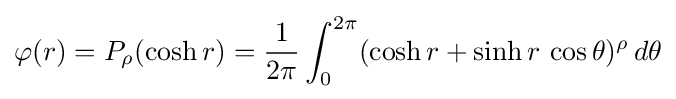
\varphi (r)=P_{\rho }(\cosh r)={1 \over 2\pi }\int _{0}^{2\pi }(\cosh r+\sinh r\,\cos \theta )^{\rho }\,d\theta